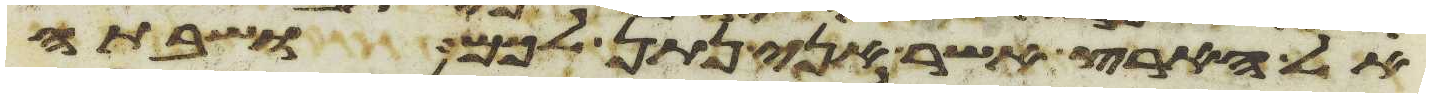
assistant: אל הארץ אשר אני נתן לכם ושבתה